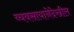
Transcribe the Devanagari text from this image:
व्यवसायानेदेखील